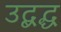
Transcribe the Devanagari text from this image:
उद्बद्ध